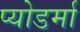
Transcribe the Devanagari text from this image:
प्योडर्मा